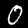
Label: 0